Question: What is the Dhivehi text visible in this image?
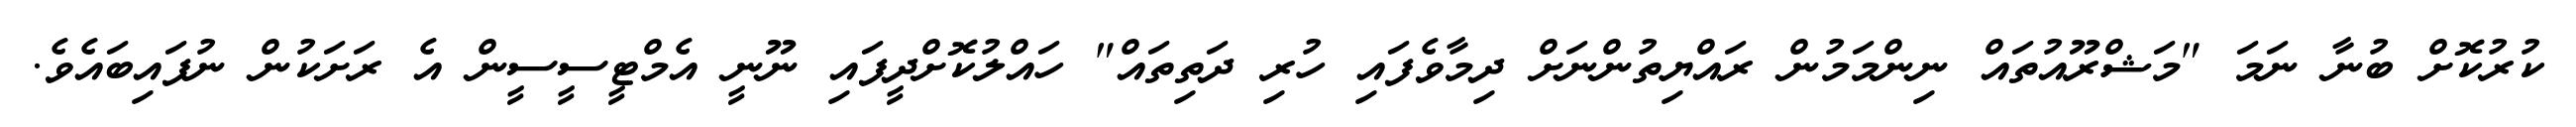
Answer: ކުރުކޮށް ބުނާ ނަމަ "މަޝްރޫއުތައް ނިންމަމުން ރައްޔިތުންނަށް ދިމާވެފައި ހުރި ދަތިތައް" ހައްލުކޮށްދީފައި ނޫނީ އެމްޓީސީސީން އެ ރަށަކުން ނުފައިބައެވެ.